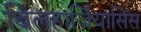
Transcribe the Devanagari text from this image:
बिलहार्ज़ियासिस